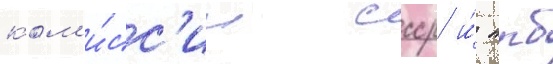
ком'и́сс'ии ссср и́ нрб